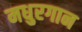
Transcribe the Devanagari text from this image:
मधुरगान